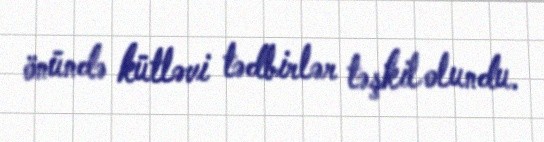
önündə kütləvi tədbirlər təşkil olundu.